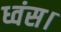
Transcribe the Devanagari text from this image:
ध्वंस।